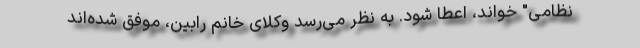
نظامی" خواند، اعطا شود. به نظر می‌رسد وکلای خانم رابین، موفق شده‌اند